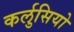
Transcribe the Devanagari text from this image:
कर्लुसियो